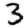
Digit: 3